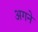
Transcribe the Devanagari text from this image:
अगने